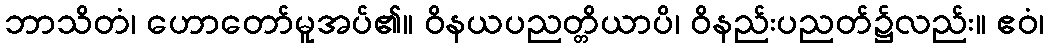
ဘာသိတံ၊ ဟောတော်မူအပ်၏။ ဝိနယပညတ္တိယာပိ၊ ဝိနည်းပညတ်၌လည်း။ ဧဝံ၊